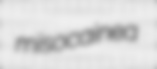
misocainea